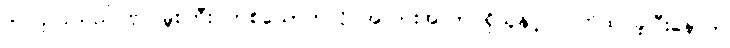
ခင်လှလှသည် ဗိုလ်မှူးကြီး တစ်ယောက်လို အလားအလာ ရှိသူနှင့် လက်ထပ်ခဲ့ပြီးနောက်